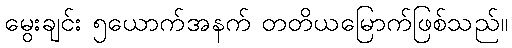
မွေးချင်း ၅ယောက်အနက် တတိယမြောက်ဖြစ်သည်။